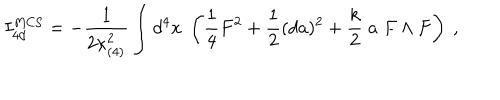
I _ { 4 d } ^ { \mathrm { M C S } } = - { \frac { 1 } { 2 \kappa _ { ( 4 ) } ^ { 2 } } } \int d ^ { 4 } x \; \left( { \frac { 1 } { 4 } } F ^ { 2 } + { \frac { 1 } { 2 } } ( d a ) ^ { 2 } + { \frac { k } { 2 } } \; a \; F \wedge F \right) \ ,